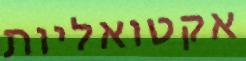
אקטואליות